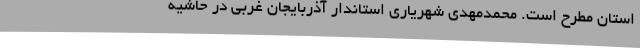
استان مطرح است. محمدمهدی شهریاری استاندار آذربایجان غربی در حاشیه